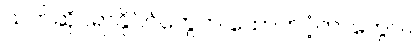
သက်ဆိုင်ရာနိုင်ငံတွေက ထောက်ပံ့တာတွေပါ။